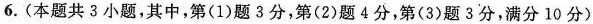
6.(本题共3小题，其中，第(1)题3分，第(2)题4分，第(3)题3分，满分10分)